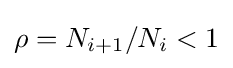
\rho =N_{i+1}/N_{i}<1